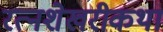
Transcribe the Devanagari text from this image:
रत्नशेखरीकथा